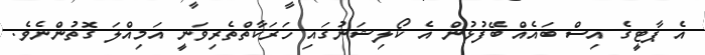
އެ ޕާޓީގެ އިސް ބައެއް ބޭފުޅުން އެ ކޯލިޝަނުގައި ހަރަކާތްތެރިވަނީ އަމިއްލަ ގޮތުންނެވެ.